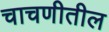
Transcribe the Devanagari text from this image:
चाचणीतील